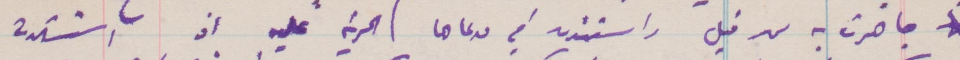
جاهرت به من قبل واستندت في مدعاها الحرية عليه اذ استشهده